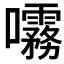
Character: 𫝞